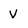
Character: V